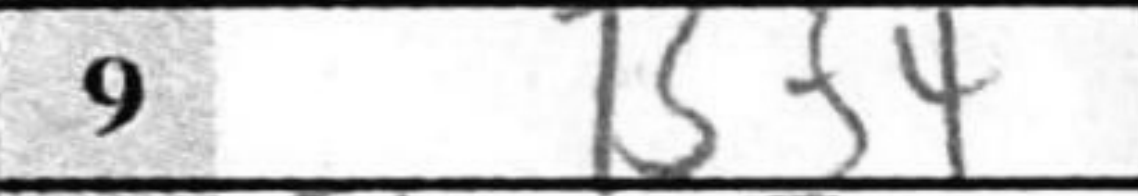
Transcription: Bf4